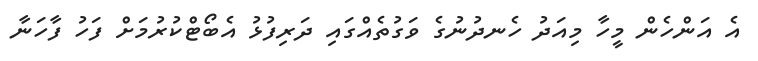
އެ އަންހެން މީހާ މިއަދު ހެނދުނުގެ ވަގުތެއްގައި ދަރިފުޅު އެބޯޓްކުރުމަށް ފަހު ފާހަނާ